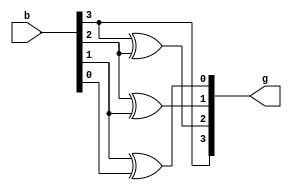
`timescale 1ns / 1ps
//////////////////////////////////////////////////////////////////////////////////
// Company: 
// Engineer: 
// 
// Design Name: 
// Module Name: b2g_conv
// Project Name: 
// Target Devices: 
// Tool Versions: 
// Description: 
// 
// Dependencies: 
// 
// Revision:
// Revision 0.01 - File Created
// Additional Comments:
// 
//////////////////////////////////////////////////////////////////////////////////      
module b2g_conv(b,g);
    input [0:3] b;
    output [0:3] g;
    
    assign g[0] = b[0];
    assign g[1] = b[0]^b[1];
    assign g[2] = b[1]^b[2];
    assign g[3] = b[2]^b[3];  
      
endmodule